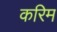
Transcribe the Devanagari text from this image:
करिम